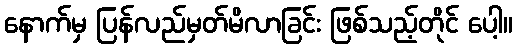
နောက်မှ ပြန်လည်မှတ်မိလာခြင်း ဖြစ်သည့်တိုင် ပေါ့။